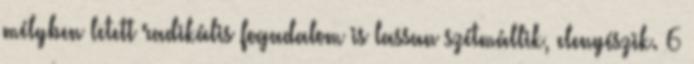
mélyben letett radikális fogadalom is lassan szétmállik, elenyészik. 6